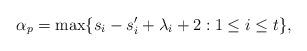
LaTeX: \begin{align*}\alpha_p=\max\{s_i-s_i'+\lambda_i+2:1\le i\le t\},\end{align*}